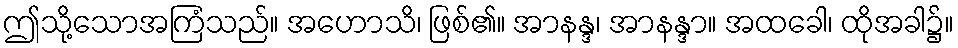
ဤသို့သောအကြံသည်။ အဟောသိ၊ ဖြစ်၏။ အာနန္ဒ၊ အာနန္ဒာ။ အထခေါ၊ ထိုအခါ၌။